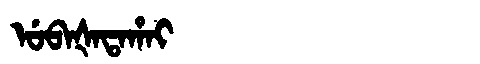
Manchu: ᡠᠪᠠᡧᠠᡨᠠᡥᠠᡳ
Romanization: UBAŠATAHAI